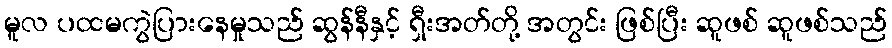
မူလ ပထမကွဲပြားနေမှုသည် ဆွန်နီနှင့် ရှီးအတ်တို့ အတွင်း ဖြစ်ပြီး ဆူဖစ် ဆူဖစ်သည်